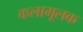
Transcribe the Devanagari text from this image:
कलामूलक